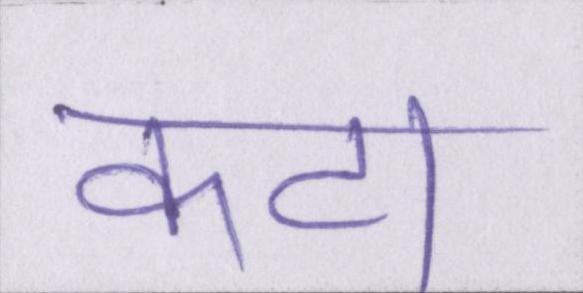
कटा